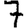
Digit: 7